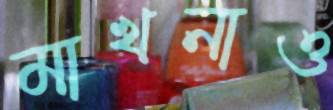
মাখনাও